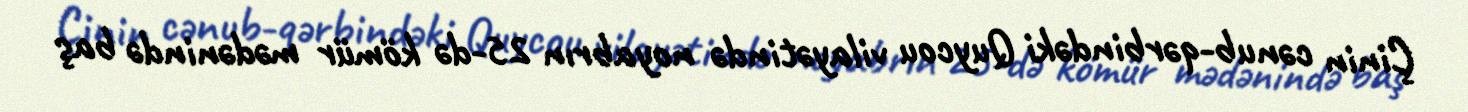
Çinin cənub-qərbindəki Quycou vilayətində noyabrın 25-də kömür mədənində baş